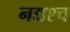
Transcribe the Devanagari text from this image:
नद्यश्‍च